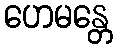
ဟေမန္တေ